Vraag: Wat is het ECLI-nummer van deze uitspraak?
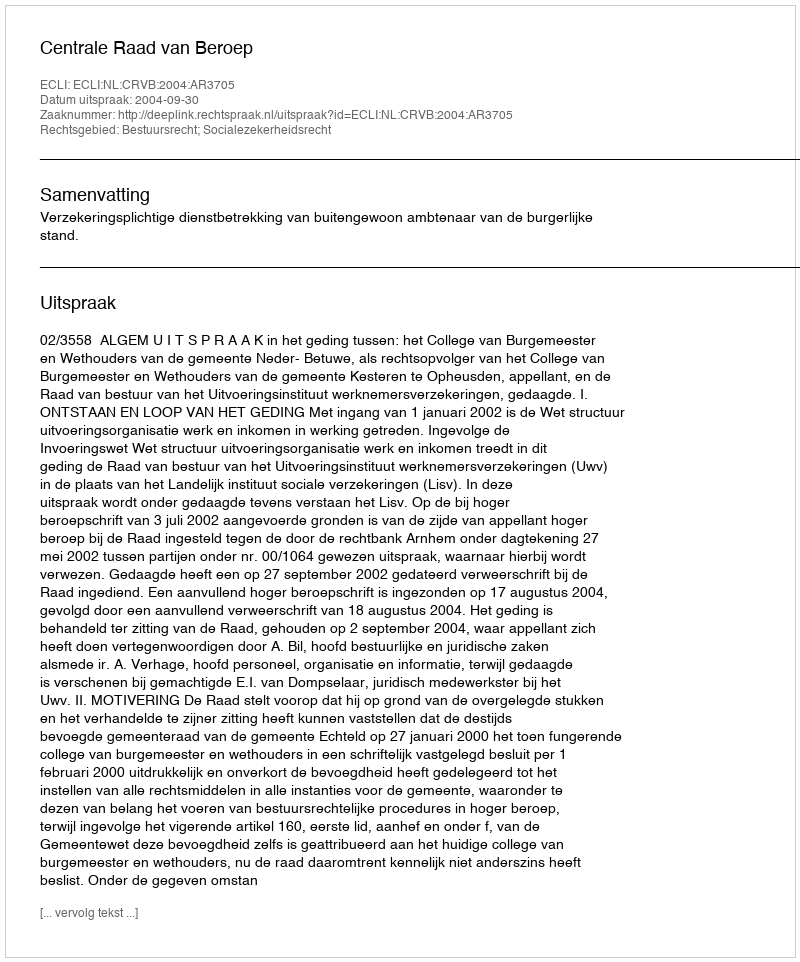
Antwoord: ECLI:NL:CRVB:2004:AR3705